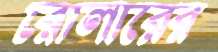
রোলারের